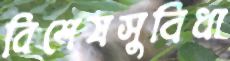
বিশেষসুবিধা